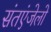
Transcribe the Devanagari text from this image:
संतएंजेलो